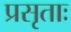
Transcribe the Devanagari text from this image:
प्रसृताः